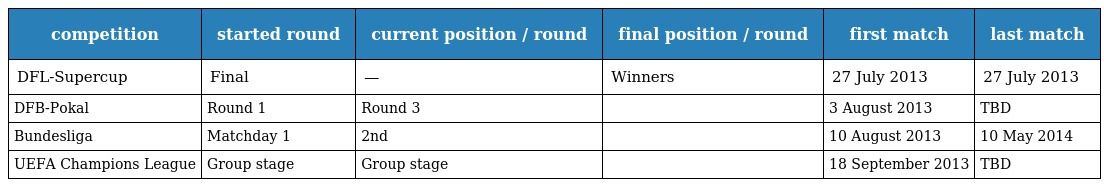
| competition | started round | current position / round | final position / round | first match | last match |
 | --- | --- | --- | --- | --- | --- |
 | DFL-Supercup | Final | — | Winners | 27 July 2013 | 27 July 2013 |
 | DFB-Pokal | Round 1 | Round 3 |  | 3 August 2013 | TBD |
 | Bundesliga | Matchday 1 | 2nd |  | 10 August 2013 | 10 May 2014 |
 | UEFA Champions League | Group stage | Group stage |  | 18 September 2013 | TBD |